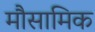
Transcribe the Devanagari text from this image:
मौसामिक